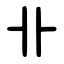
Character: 卝